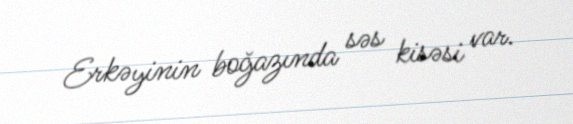
Erkəyinin boğazında səs kisəsi var.